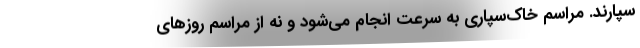
سپارند. مراسم خاک‌سپاری به سرعت انجام می‌شود و نه از مراسم روزهای